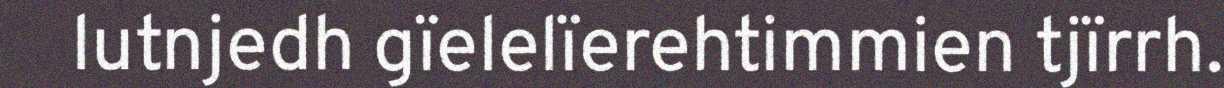
lutnjedh gïelelïerehtimmien tjïrrh.